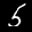
Label: 5